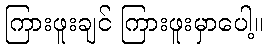
ကြားဖူးချင် ကြားဖူးမှာပေါ့။